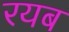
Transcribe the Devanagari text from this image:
रयब